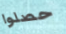
حصلوا